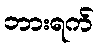
ဘားရက်